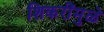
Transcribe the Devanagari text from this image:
शिकरींमुळे